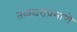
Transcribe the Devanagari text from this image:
तळघराप्रमाणे